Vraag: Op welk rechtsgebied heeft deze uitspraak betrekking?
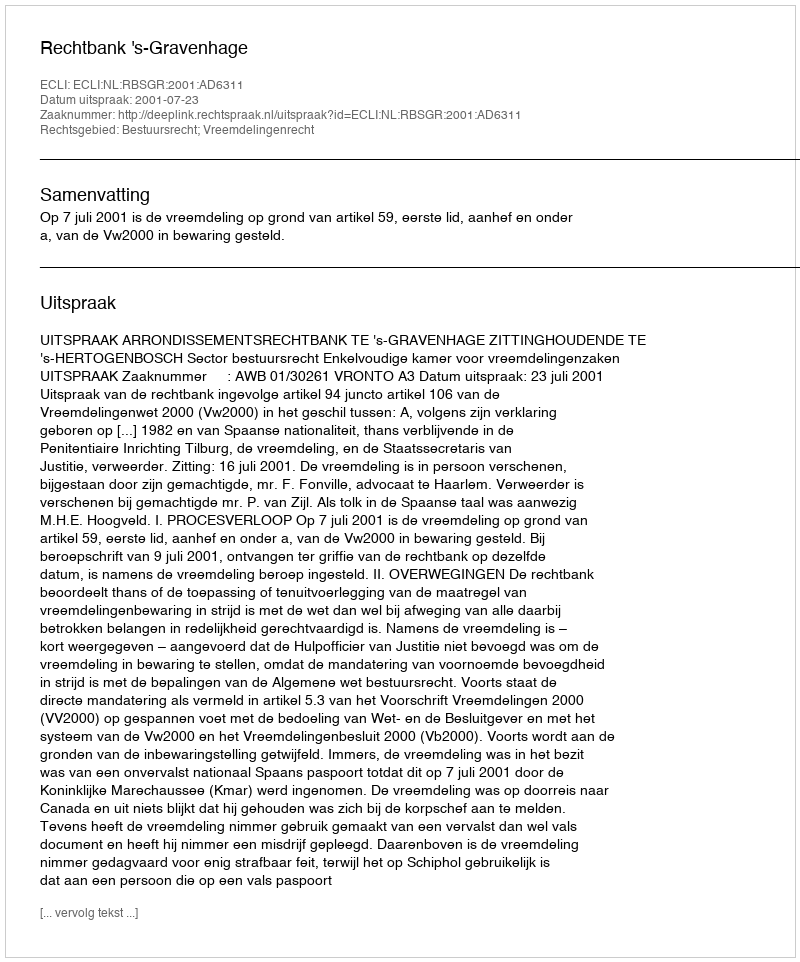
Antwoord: Bestuursrecht; Vreemdelingenrecht